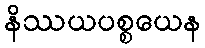
နိဿယပစ္စယေန